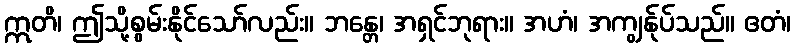
ဣတိ၊ ဤသို့စွမ်းနိုင်သော်လည်း။ ဘန္တေ၊ အရှင်ဘုရား။ အဟံ၊ အကျွန်ုပ်သည်။ ဧတံ၊